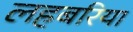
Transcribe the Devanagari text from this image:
लहबरिया